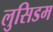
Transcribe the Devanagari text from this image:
लुसिडम